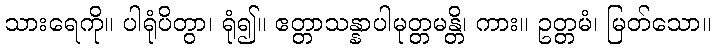
သားရေကို။ ပါရုံပိတွာ၊ ရုံ၍။ ဧတ္တာသန္နာပါမုတ္တမန္တိ၊ ကား။ ဥတ္တမံ၊ မြတ်သော။